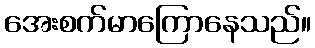
အေးစက်မာကြောနေသည်။